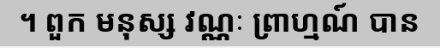
។ ពួក មនុស្ស វណ្ណៈ ព្រាហ្មណ៍ បាន